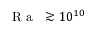
\mathrm { ~ \textit ~ { ~ R ~ a ~ } ~ } \gtrsim 1 0 ^ { 1 0 }